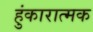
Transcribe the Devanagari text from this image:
हुंकारात्मक